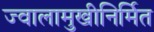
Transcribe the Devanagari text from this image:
ज्वालामुखीनिर्मित